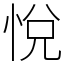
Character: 悅